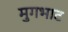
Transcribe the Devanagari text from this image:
मुगभाट